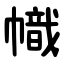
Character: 幟